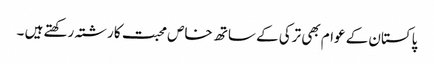
پاکستان کے عوام بھی ترکی کے ساتھ خاص محبت کا رشتہ رکھتے ہیں ۔